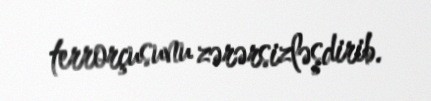
terrorçusunu zərərsizləşdirib.